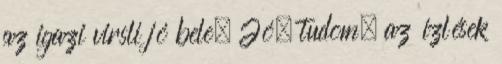
az igazi virsli jó bele. Jó, tudom, az ízlések